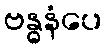
ဗန္ဓနံပေ